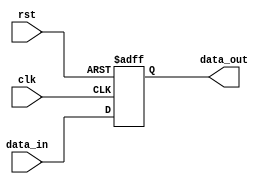
module store_register (
    input wire clk,          // Clock signal
    input wire rst,          // Reset signal
    input wire [7:0] data_in, // Input data (8-bit wide, can be adjusted as needed)
    output reg [7:0] data_out // Output data (8-bit wide, can be adjusted as needed)
);

// Sequential logic block
always @(posedge clk or posedge rst) begin
    if (rst) begin
        data_out <= 8'b0; // Reset output to zero
    end else begin
        data_out <= data_in; // Store input data on clock edge
    end
end

endmodule